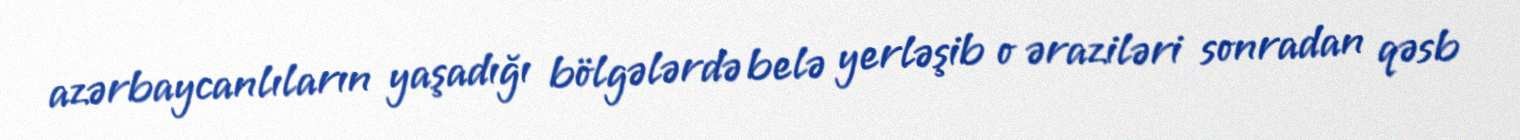
azərbaycanlıların yaşadığı bölgələrdə belə yerləşib o əraziləri sonradan qəsb